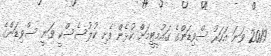
2019 ވަނަ އަހަރު ސްވިޑަންގެ ގައުމީޓީމަށް ކުޅެން ފެށި ކުލުސެސްކީ ވަނީ ސްވިޑަންގެ